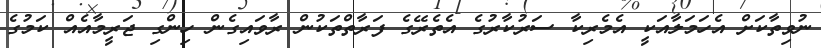
ނުވިތާކަށް އެހަމަލާއަކީ އެމެރިކާ ސަރުކާރުގެ އެތެރޭގެ ފަރާތްތަކުން ރާވައިގެން ހިންގި ޖަރީމާއެއް ކަމުގެ